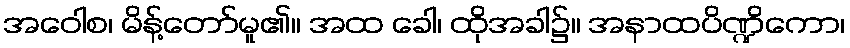
အဝေါစ၊ မိန့်တော်မူ၏။ အထ ခေါ၊ ထိုအခါ၌။ အနာထပိဏ္ဍိကော၊